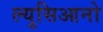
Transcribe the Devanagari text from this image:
ल्युसिआनो